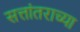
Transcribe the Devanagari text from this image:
सत्तांतराच्या